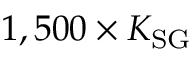
1 , 5 0 0 \times K _ { \mathrm { S G } }